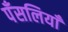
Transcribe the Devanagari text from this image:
पँसलियाँ